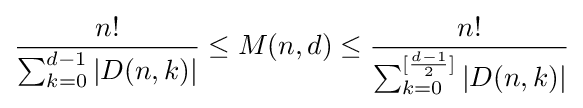
{\frac {n!}{\sum _{k=0}^{d-1}|D(n,k)|}}\leq M(n,d)\leq {\frac {n!}{\sum _{k=0}^{[{\frac {d-1}{2}}]}|D(n,k)|}}